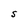
Character: S